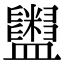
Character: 𥃜